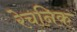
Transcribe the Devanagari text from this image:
रेचनिक